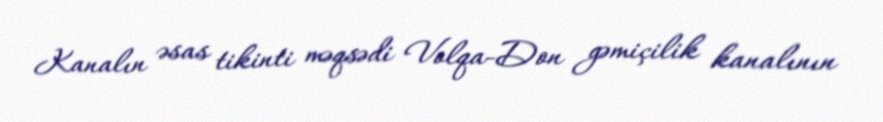
Kanalın əsas tikinti məqsədi Volqa-Don gəmiçilik kanalının